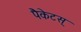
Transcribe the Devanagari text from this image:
पैकेटस्